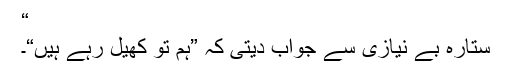
“
ستارہ بے نیازی سے جواب دیتی کہ ”ہم تو کھیل رہے ہیں“۔